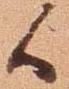
候